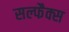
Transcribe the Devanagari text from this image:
सल्फैक्स